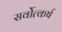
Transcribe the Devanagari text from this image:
सर्वोत्कर्ष